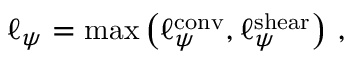
\ell _ { \psi } = \operatorname* { m a x } \left( \ell _ { \psi } ^ { \mathrm { { c o n v } } } , \ell _ { \psi } ^ { \mathrm { { s h e a r } } } \right) \, ,